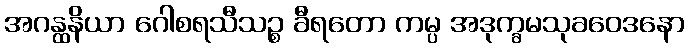
အဂန္ထနိယာ ဂေါစရသီသဉ္စ ခီရတော ကမ္ပ အဒုက္ခမသုခဝေဒနော